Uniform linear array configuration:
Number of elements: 32
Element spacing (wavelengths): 0.5
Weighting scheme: uniform
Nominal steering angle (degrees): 0
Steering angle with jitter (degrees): -0.7038
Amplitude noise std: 0.05
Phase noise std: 0.05

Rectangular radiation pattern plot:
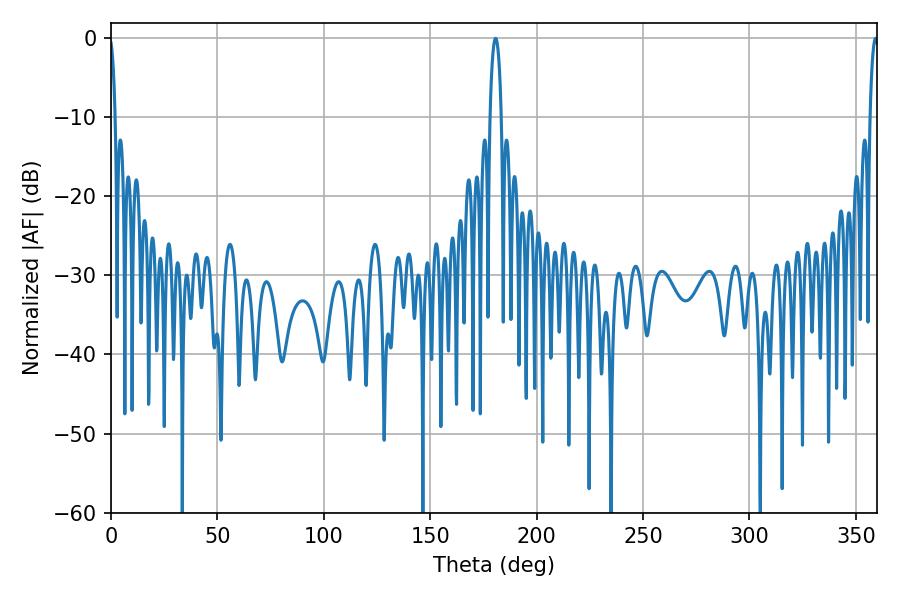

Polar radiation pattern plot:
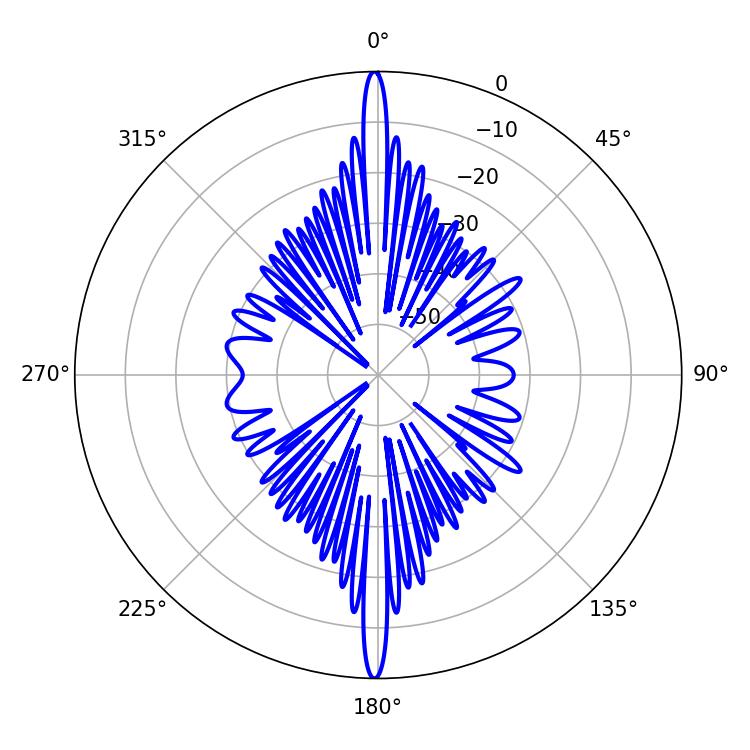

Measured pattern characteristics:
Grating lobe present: FALSE
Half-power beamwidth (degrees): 2.88
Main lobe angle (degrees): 180.72